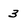
Character: 3